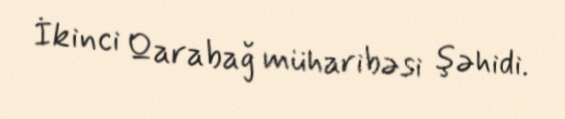
İkinci Qarabağ müharibəsi şəhidi.